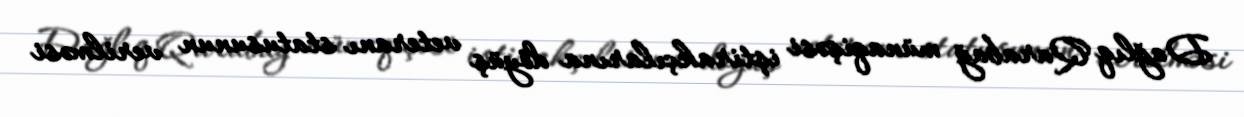
Dağlıq Qarabağ münaqişəsi iştirakçılarına döyüş veteranı statusunun verilməsi